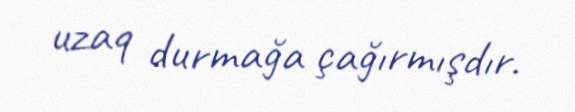
uzaq durmağa çağırmışdır.